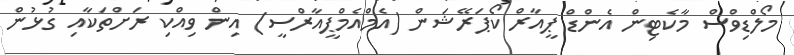
މޯލްޑިވްސް މާކެޓިން އެންޑް ޕީއާރް ކޯޕަރޭޝަން (އެމްއެމްޕީއާރްސީ) އިން ވިއްކި ރަށްތަކާއި ގުޅުން